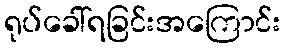
ရုပ်ခေါ်ရခြင်းအကြောင်း